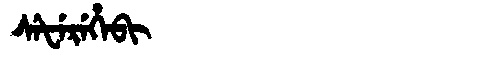
Manchu: ᠰᡝᡶᡝᡵᡝᡥᡝᠪᡳ
Romanization: SEFEREHEBI